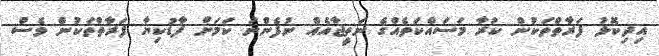
އިދިކޮޅު ފަރާތްތަކުން ކުރާ މަސައްކަތެއްގެ ނަތީޖާއެއް ނުފެންނަ ކަމަށް ފާޑުކިޔާ ފަރާތްތަކުން ވެސް